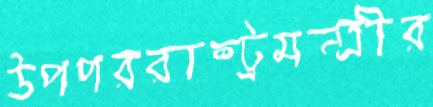
উপপররাষ্ট্রমন্ত্রীর